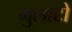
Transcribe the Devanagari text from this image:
मुलाटो